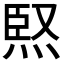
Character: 𭴸